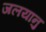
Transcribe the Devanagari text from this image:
जलयानु